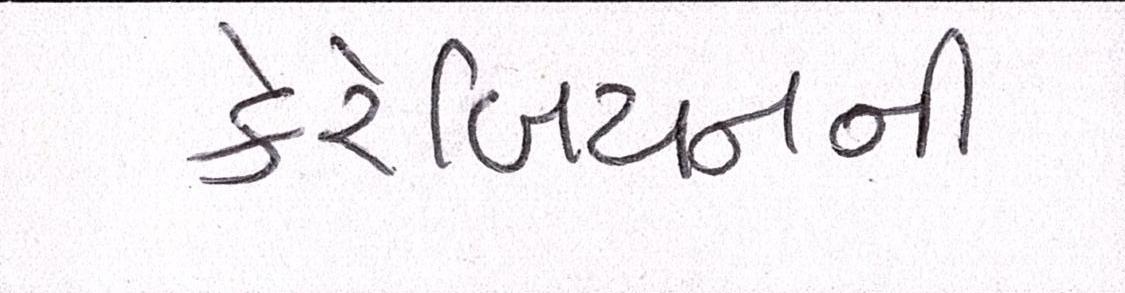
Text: કેરેબિયનની